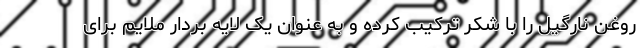
روغن نارگیل را با شکر ترکیب کرده و به عنوان یک لایه بردار ملایم برای